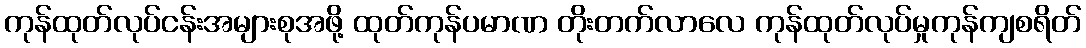
ကုန်ထုတ်လုပ်ငန်းအများစုအဖို့ ထုတ်ကုန်ပမာဏ တိုးတက်လာလေ ကုန်ထုတ်လုပ်မှုကုန်ကျစရိတ်